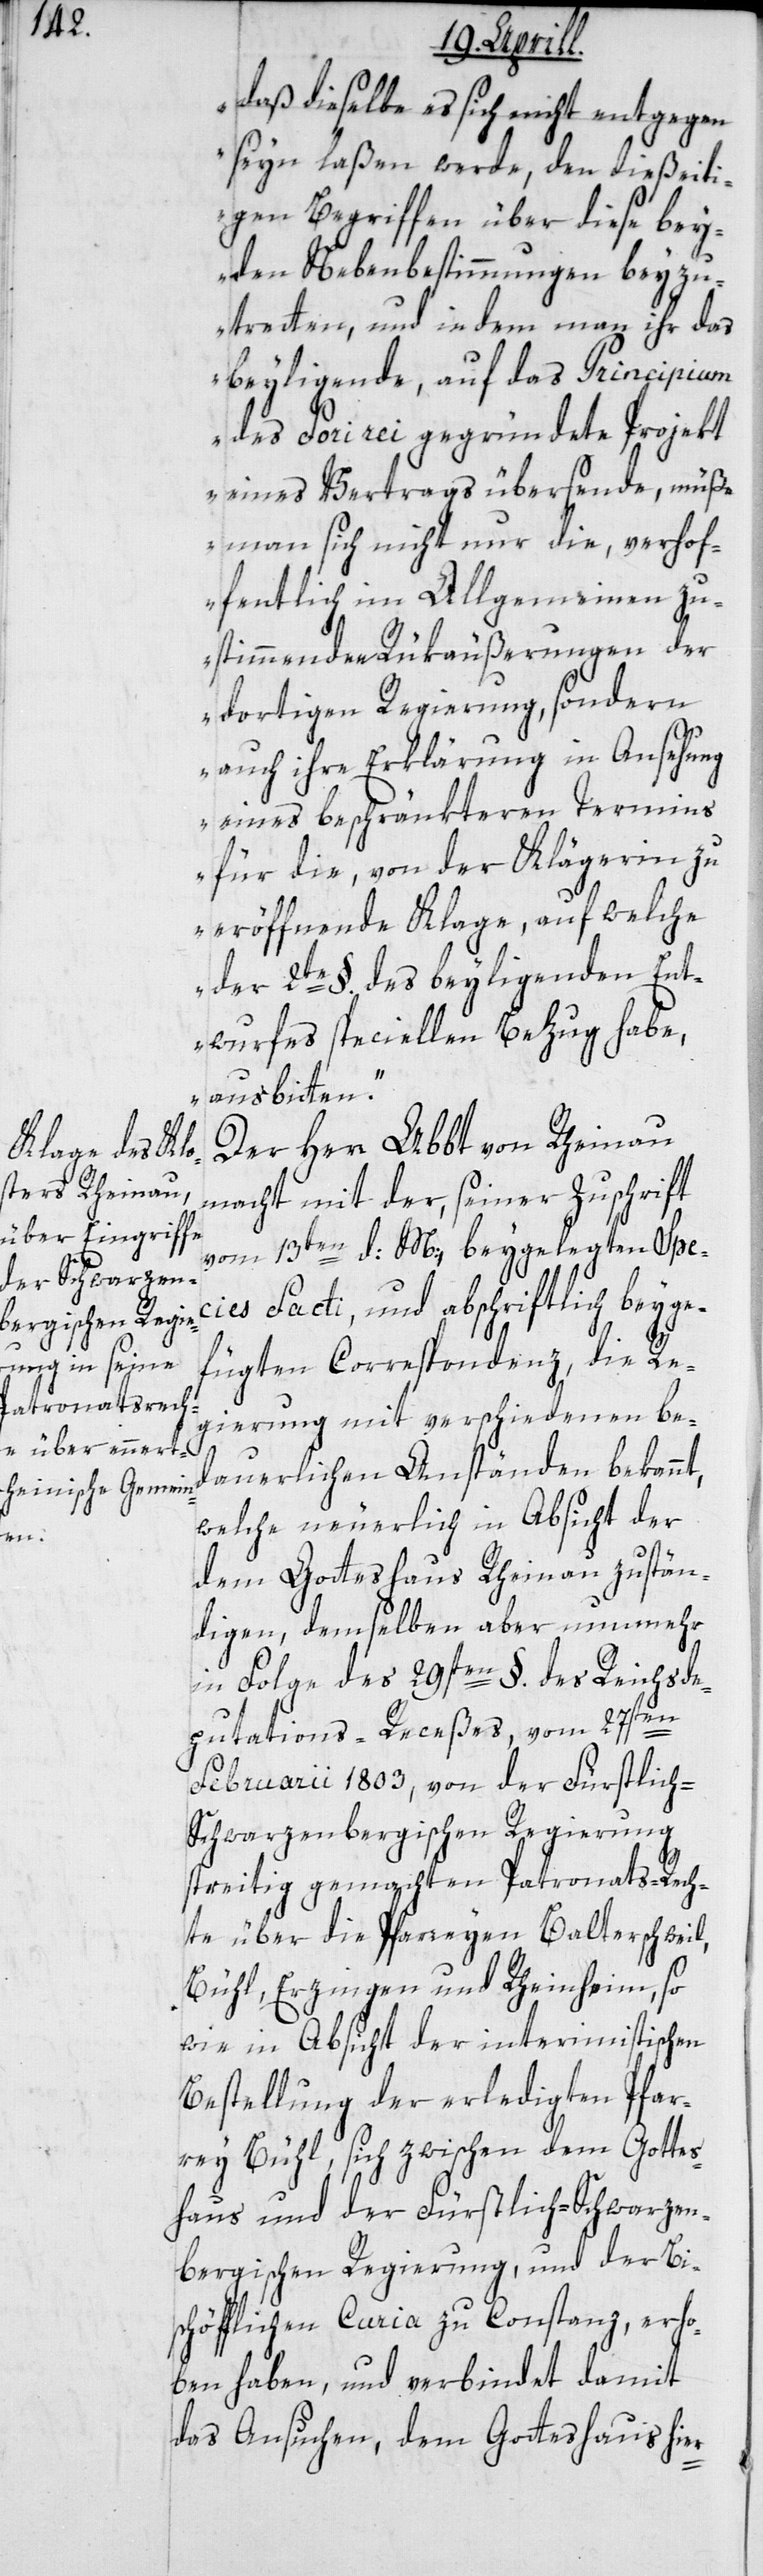
daß dieselbe es sich nicht entgegen
seyn laßen werde, den dießeiti¬
gen Begriffen über diese bey¬
den Nebenbestimmungen beyzu¬
tretten, und in dem man ihr das
beyliegende, auf das Principium
des Fori rei gegründete Projekt
eines Vertrags übersende, müße
man sich nicht nur die verhof¬
fentlich im Allgemeinen zu¬
stimmenden Rückäußerungen der
dortigen Regierung, sondern
auch ihre Erklärung in Ansehung
eines beschränkteren Termins
für die, von der Klägerin zu
eröffnende Klage, auf welche
der 2te §. des beyliegenden Ent¬
wurfes speciellen Bezug habe,
ausbitten“.
Der Herr Abbt von Rheinau
macht mit der, seiner Zuschrift
vom 13ten d. M., beygelegten Spec¬
ies Facti, und abschriftlich beyge¬
fügten Correspondenz, die Re¬
gierung mit verschiedenen be¬
dauerlichen Anständen bekannt,
welche neuerlich in Absicht der
dem Gotteshaus Rheinau zustän¬
digen, demselben aber nunmehr
in Folge des 29sten §. des Reichsde¬
putations-Receßes, vom 27sten
Februarii 1803 von der Fürstlic¬
h-Schwarzenbergischen Regierung
streitig gemachten Patronats-Rech¬
te über die Pfarreyen Balterschweil,
Bühl, Erzingen und Rheinheim, so
wie in Absicht der interimistischen
Bestellung der erledigten Pfar¬
rey Bühl, sich zwischen dem Gottes¬
haus und der Fürstlich-Schwarzen¬
bergischen Regierung, und der Bi¬
schöfflichen Curia zu Constanz, erho¬
ben haben, und verbindet damit
das Ansuchen, dem Gotteshaus hier-